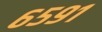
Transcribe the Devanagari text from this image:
६५९१